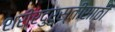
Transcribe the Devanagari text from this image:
शरीरदुरुस्तीसाठी